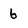
Character: 6